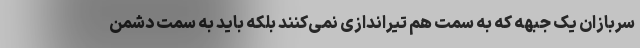
سربازان یک جبهه که به سمت هم تیراندازی نمی‌کنند بلکه باید به سمت دشمن